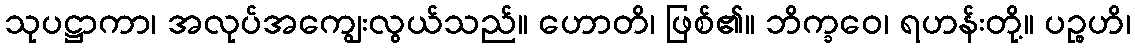
သုပဋ္ဌာကာ၊ အလုပ်အကျွေးလွယ်သည်။ ဟောတိ၊ ဖြစ်၏။ ဘိက္ခဝေ၊ ရဟန်းတို့။ ပဉ္စဟိ၊